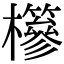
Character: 𣟹